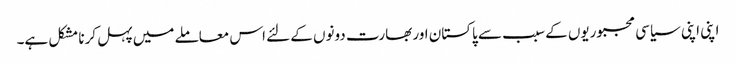
اپنی اپنی سیاسی مجبوریوں کے سبب سے پاکستان اور بھارت دونوں کے لئے اس معاملے میں پہل کرنا مشکل ہے۔